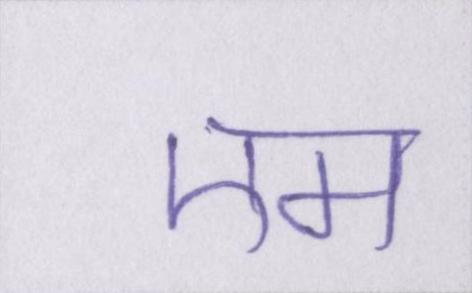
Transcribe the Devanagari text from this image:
एम